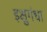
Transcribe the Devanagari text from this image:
इक्षुगंधा